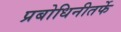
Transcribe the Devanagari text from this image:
प्रबोधिनीतर्फे